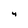
Character: 4